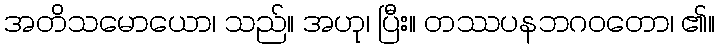
အတိသမောယော၊ သည်။ အဟု၊ ပြီး။ တဿပနဘဂဝတော၊ ၏။